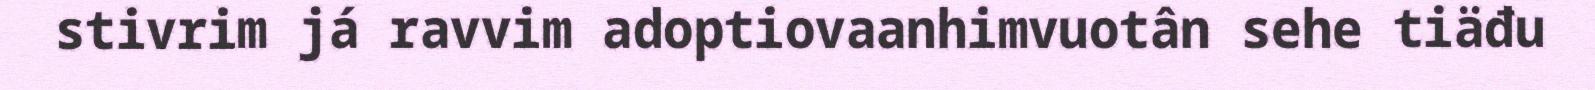
stivrim já ravvim adoptiovaanhimvuotân sehe tiäđu